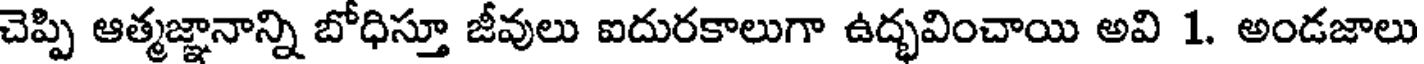
చెప్పి ఆత్మజ్ఞానాన్ని బోధిస్తూ జీవులు ఐదురకాలుగా ఉద్భవించాయి అవి 1. అండజాలు